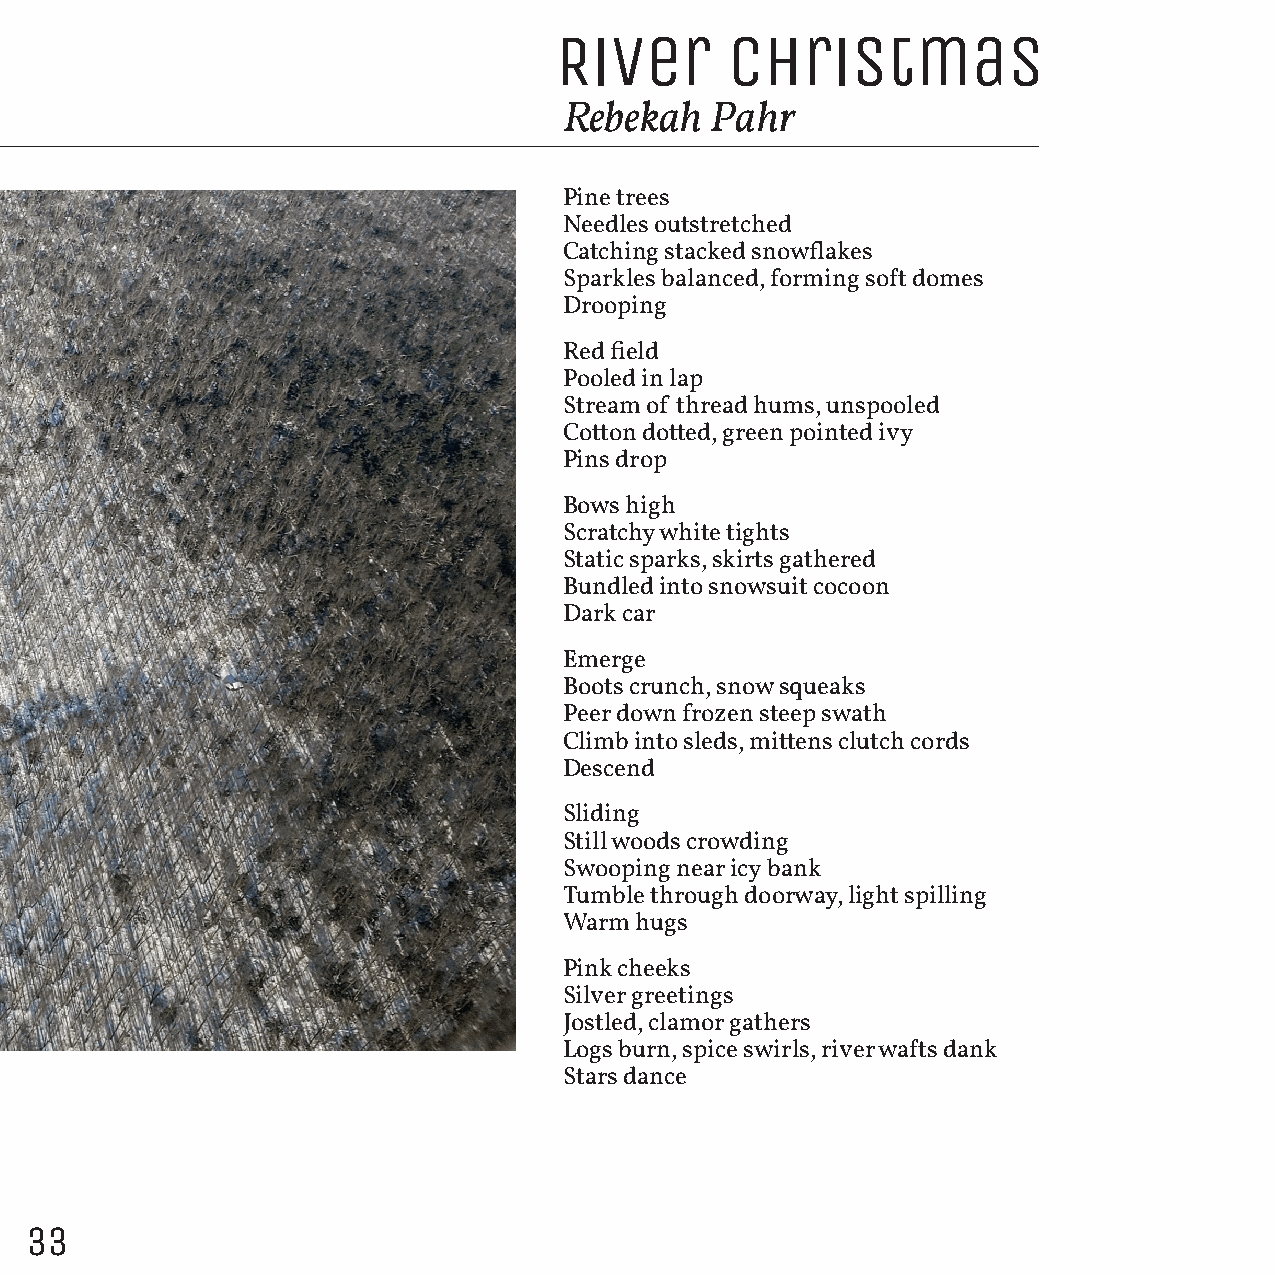
River      Christmas
 Rebekah   Pahr
 Pine trees
 Needles outstretched
 Catching stacked snowflakes
 Sparkles balanced, forming soft domes
 Drooping
 Red field
 Pooled in lap
 Stream of thread hums, unspooled
 Cotton dotted, green pointed ivy
 Pins drop
 Bows high
 Scratchy white tights
 Static sparks, skirts gathered
 Bundled into snowsuit cocoon
 Dark car
 Emerge
 Boots crunch, snow squeaks
 Peer down frozen steep swath
 Climb into sleds, mittens clutch cords
 Descend
 Sliding
 Still woods crowding
 Swooping near icy bank
 Tumble through doorway, light spilling
 Warm hugs
 Pink cheeks
 Silver greetings
 Jostled, clamor gathers
 Logs burn, spice swirls, river wafts dank
 Stars dance
 33